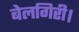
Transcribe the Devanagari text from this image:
बेलगिरी।